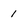
Character: 1